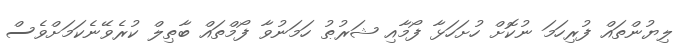
ލިޔުންތައް ފުރިހަމަ ނުކޮށް ހުށަހަޅާ ފޯމާއި ޝަރުޠު ހަމަނުވާ ފޯމްތައް ބާޠިލް ކުރެވޭނެކަމަށްވެސް